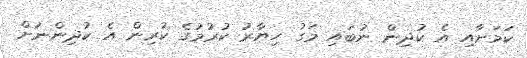
ކަމަށާއި އެ ކުދިން ނުބައި މަގު ހިޔާރު ކުރުމުގެ ކުރިން އެ ކުދިންނަށް